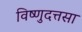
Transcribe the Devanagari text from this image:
विष्णुदत्तसा